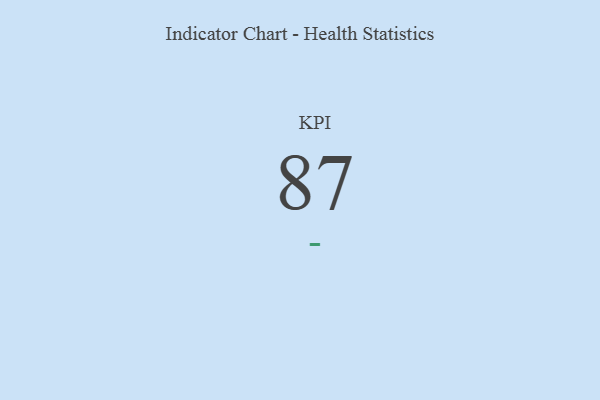
{"axis": {"x": "KPI", "y": "Value"}, "legend": [""], "data": [{"x": "KPI", "y": 87, "type": ""}]}